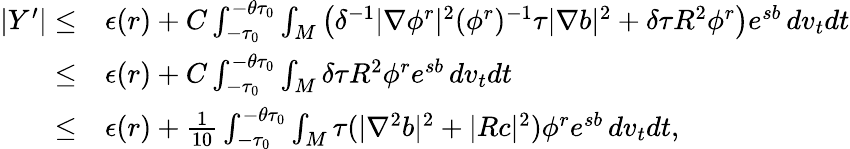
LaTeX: \begin{array}{rl}{|Y^{\prime}|\le}&{\epsilon(r)+C\int_{-\tau_{0}}^{-\theta\tau_{0}}\int_{M}\left(\delta^{-1}|\nabla\phi^{r}|^{2}(\phi^{r})^{-1}\tau|\nabla b|^{2}+\delta\tau R^{2}\phi^{r}\right)e^{sb}\, dv_{t}dt}\\ {\le}&{\epsilon(r)+C\int_{-\tau_{0}}^{-\theta\tau_{0}}\int_{M}\delta\tau R^{2}\phi^{r}e^{sb}\, dv_{t}dt}\\ {\le}&{\epsilon(r)+\frac{1}{10}\int_{-\tau_{0}}^{-\theta\tau_{0}}\int_{M}\tau(|\nabla^{2}b|^{2}+|Rc|^{2})\phi^{r}e^{sb}\, dv_{t}dt,}\end{array}